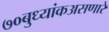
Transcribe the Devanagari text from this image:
७०बुध्यांकअसणारे